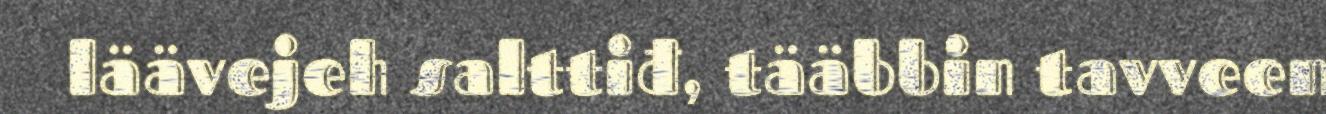
läävejeh salttiđ, tääbbin tavveen